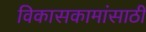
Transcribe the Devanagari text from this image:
विकासकामांसाठी